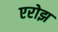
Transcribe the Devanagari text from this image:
एरोझ